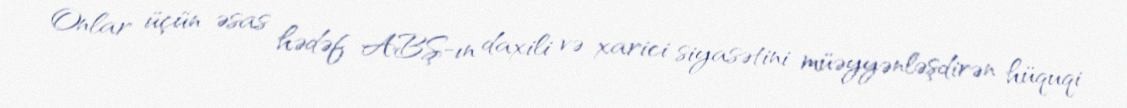
Onlar üçün əsas hədəf ABŞ-ın daxili və xarici siyasətini müəyyənləşdirən hüquqi